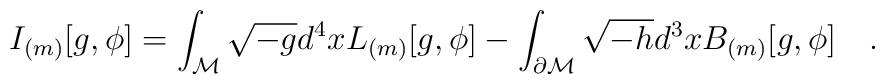
I_{(m)}[g,\phi]=\int_{\cal M} \sqrt{-g}d^4x L_{(m)}[g,\phi]-\int_{\partial {\cal M}}\sqrt{-h}d^3 x B_{(m)}[g,\phi]~~~.